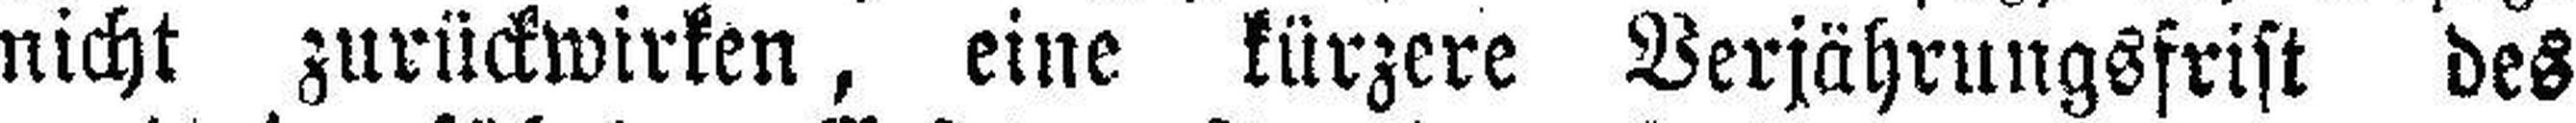
nicht zurückwirken, eine kürzere Verjährungsfrist des